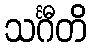
သင်္ဂီတိ